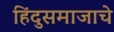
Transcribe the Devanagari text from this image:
हिंदुसमाजाचे